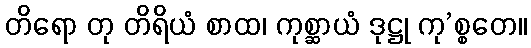
တိရော တု တိရိယံ စာထ၊ ကုစ္ဆာယံ ဒုဋ္ဌု ကု’စ္စတေ။